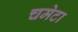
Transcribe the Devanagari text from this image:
चमेटा